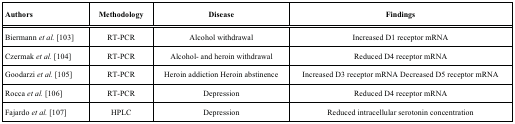
| Authors | Methodology | Disease | Findings |
 | --- | --- | --- | --- |
 | Biermann et al. [103] | RT-PCR | Alcoholwithdrawal | Increased D1receptor mRNA |
 | Czermak et al. [104] | RT-PCR | Alcohol- andheroin withdrawal | Reduced D4receptor mRNA |
 | Goodarzi et al. [105] | RT-PCR | Heroinaddiction Heroin abstinence | Increased D3receptor mRNA Decreased D5 receptor mRNA |
 | Rocca et al. [106] | RT-PCR | Depression | Reduced D4receptor mRNA |
 | Fajardo et al. [107] | HPLC | Depression | Reducedintracellular serotonin concentration |